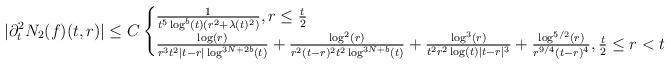
LaTeX: \begin{align*} |\partial_{t}^{2}N_{2}(f)(t,r)| \leq C \begin{cases} \frac{1}{t^{5} \log^{b}(t)(r^{2}+\lambda(t)^{2})}, r \leq \frac{t}{2}\\\frac{\log(r)}{r^{3} t^{2} |t-r| \log^{3N+2b}(t)} + \frac{\log^{2}(r)}{r^{2}(t-r)^{2} t^{2} \log^{3N+b}(t)} + \frac{\log^{3}(r)}{t^{2} r^{2} \log(t) |t-r|^{3}} + \frac{\log^{5/2}(r)}{r^{9/4} (t-r)^{4}}, \frac{t}{2} \leq r <t\end{cases}\end{align*}